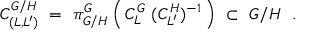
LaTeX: C _ { ( L , L ^ { \prime } ) } ^ { G / H } \ = \ \pi _ { G / H } ^ { G } \left( \, C _ { L } ^ { G } \ ( C _ { L ^ { \prime } } ^ { H } ) ^ { - 1 } \, \right) \ \subset \ G / H \ \ .